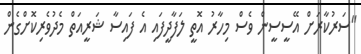
"ސަރުކާރަށް އޭސީސީން ވެސް މިހާރު އޮތީ ލަފާދީފައި އެ ފައިސާ ޝަރީއަތް މެދުވެރިކޮށްގެން